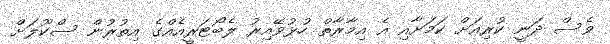
ވެސް ދަނީ ކުރިއަށް ކަމަށާއި އެ އިމާރާތް ހުޅުވޭއިރު ލެބޯޓަރީއެއްގެ އިތުރުން ސްކޫލަށް